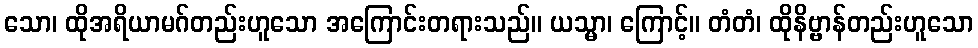
သော၊ ထိုအရိယာမဂ်တည်းဟူသော အကြောင်းတရားသည်။ ယသ္မာ၊ ကြောင့်။ တံတံ၊ ထိုနိဗ္ဗာန်တည်းဟူသော